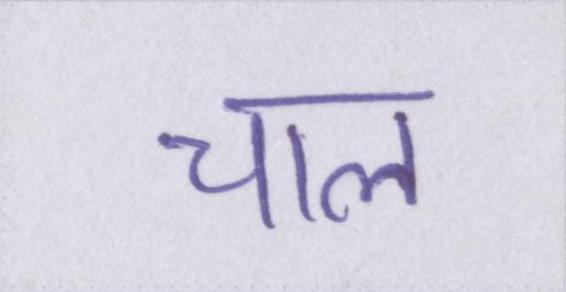
चाल